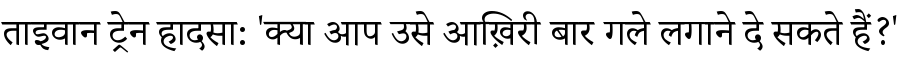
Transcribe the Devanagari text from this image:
ताइवान ट्रेन हादसा: 'क्या आप उसे आख़िरी बार गले लगाने दे सकते हैं?'